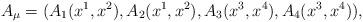
LaTeX: \begin{align*}A_{\mu}=(A_{1}(x^{1},x^{2}),A_{2}(x^{1},x^{2}),A_{3}(x^{3},x^{4}),A_{4}(x^{3},x^{4})),\end{align*}